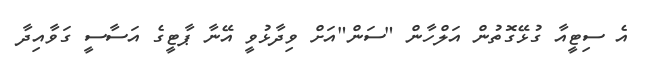
އެ ސިޓީއާ ގުޅޭގޮތުން އަލްހާން "ސަން"އަށް ވިދާޅުވީ އޭނާ ޕާޓީގެ އަސާސީ ގަވާއިދާ